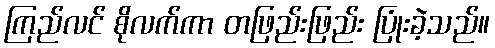
ကြည်လင် စိုလက်ကာ တဖြည်းဖြည်း ပြုံးခဲ့သည်။